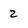
Character: 2